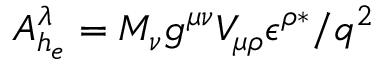
A _ { h _ { e } } ^ { \lambda } = M _ { \nu } g ^ { \mu \nu } V _ { \mu \rho } \epsilon ^ { \rho \ast } / q ^ { 2 }